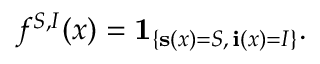
f ^ { S , I } ( x ) = \mathbf { 1 } _ { \left\{ \mathbf { s } ( x ) = S , \, \mathbf { i } ( x ) = I \right\} } .